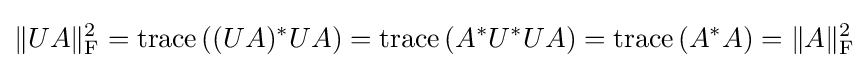
\|UA\|_{\text{F}}^{2}=\operatorname {trace} \left((UA)^{*}UA\right)=\operatorname {trace} \left(A^{*}U^{*}UA\right)=\operatorname {trace} \left(A^{*}A\right)=\|A\|_{\text{F}}^{2}